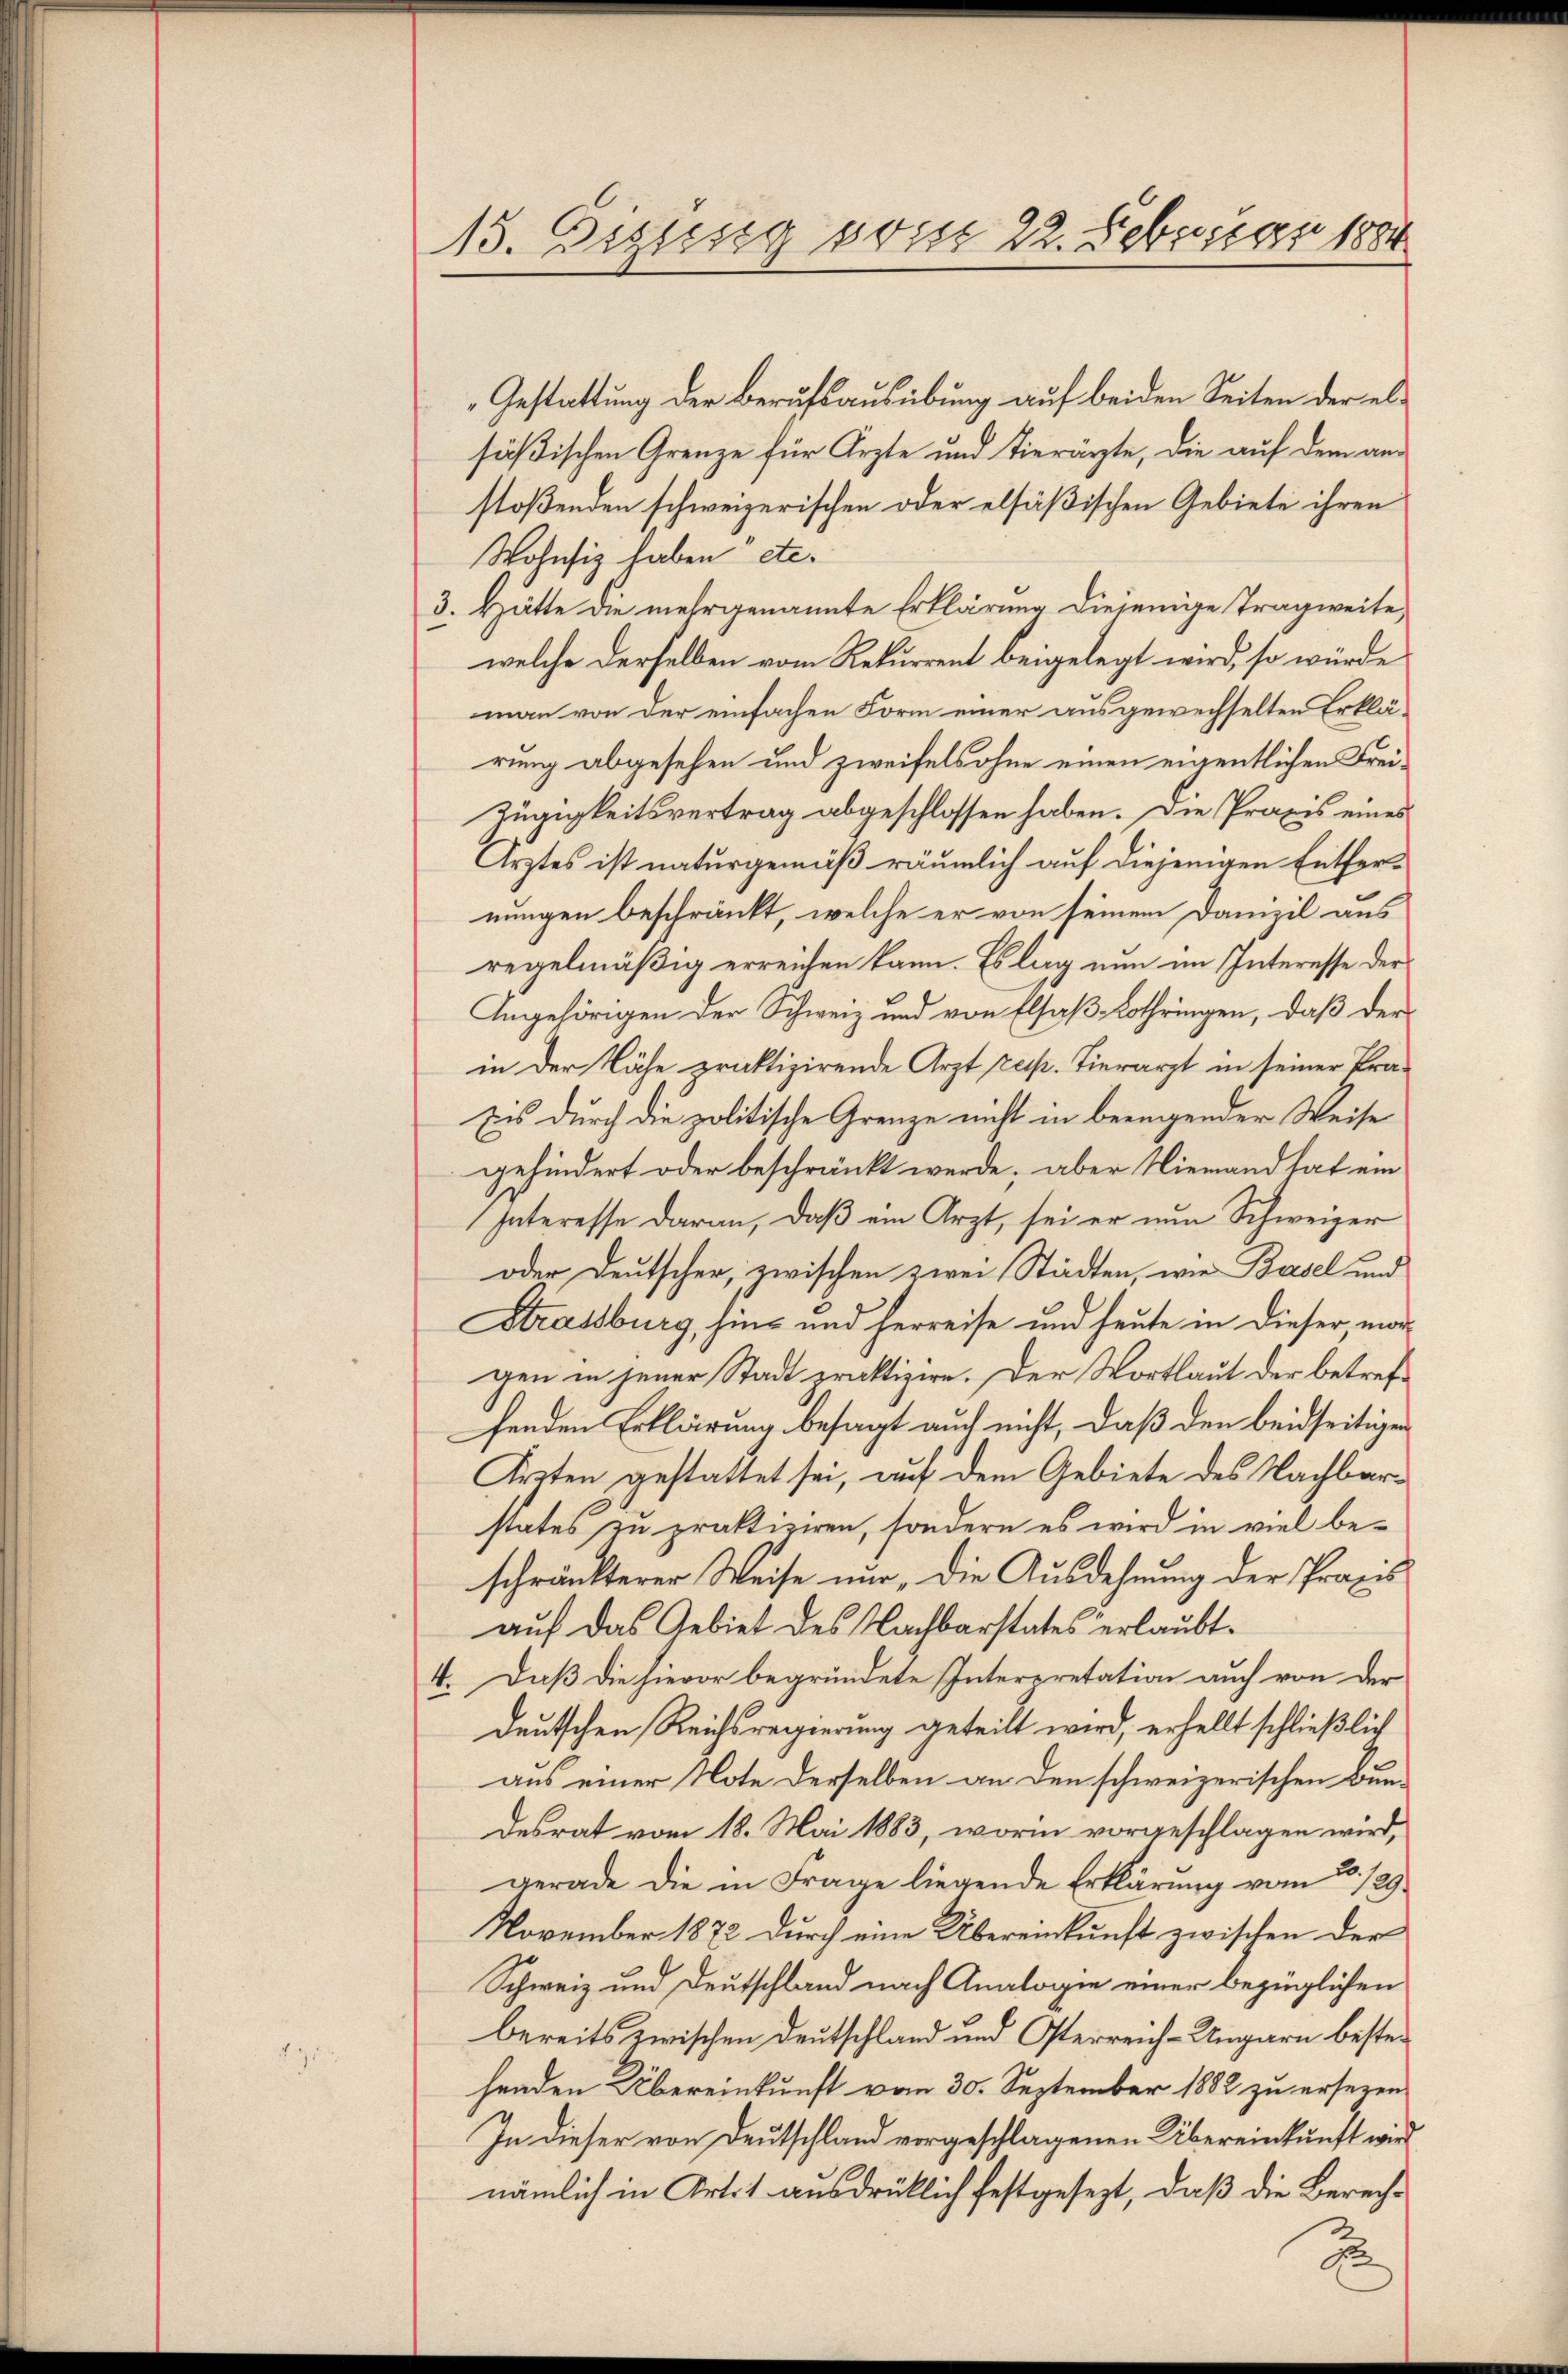
13. Digusig so ist 22. Februar 1884

Gestattung der Berufsausübung auf beiden Seiten der elsößischen Grenze für Ärzte und Tierärzte, die auf dem anstoßenden schweizerischen oder elsäßischen Gebiete ihren
Wohnsiz haben etc.
3. Hätte die mehrgenannte Erklärung diejenige Tragweite,
welche derselben vom Rekurrent beigelegt wird, so würde
man von der einfachen Form einer ausgewechselten Erklärung abgesehen und zweifelsohne einen eigentlichen Frei¬
Zügigkeitsvertrag abgeschlossen haben. Die Praxis eines
Arztes ist naturgemäß räumlich auf diejenigen Entfernungen beschränkt, welche er von seinem Danizil aus
regelmäßig erreichen kann. Es lag nun im Interesse der
Angehörigen der Schweiz und von Elsaß-Lothringen, daß der
in der Nähe praktizirende Arzt resp. Tierarzt in seiner Pra¬
Eis durch die politische Grenze nicht in beeingender Weise
gehindert oder beschränkt werde. Aber Niemand tat ein
Interesse daran, daß ein Arzt, sei er nun Schweizer
oder Deutscher, zwischen zwei Städten, wie Basel und
Strassburg, hin- und herreise und heute in dieser morgen in jener Stadt praktizire. Der Wortlaut der betrefhenden Erklärung besagt auch nicht, daß den beidseitigen
Ärzten gestattet sei, auf dem Gebiete des Nachbarstates zu praktiziren, sondern es wird in viel beschränkterer Weise nur, die Ausdehnung der Praxis
auf das Gebiet des Nachbarstates erlaubt.
4. Daß die hievor begründete Interpretation auch von der
deutschen Reichsregierung geteilt wird, erhellt schließlich
aus einer Note derselben an den schweizerischen Bundesrat vom 18. Mai 1883, worin vorgeschlagen wird,
gerade die in Frage liegende Erklärŭng vom 20./29.
November 1872 durch eine Übereinkunft zwischen der
Schweiz und Deutschland nach Analogie einer bezüglichen
bereits zwischen Deutschland und Osterreich-Ungarn bestehenden Übereinkunft vom 30. September 1882 zu erseren
In dieser von Deutschland vorgeschlagenen Übereinkunft wird
nämlich in Art. 1 ausdrücklich festgesezt, daß die Berech¬